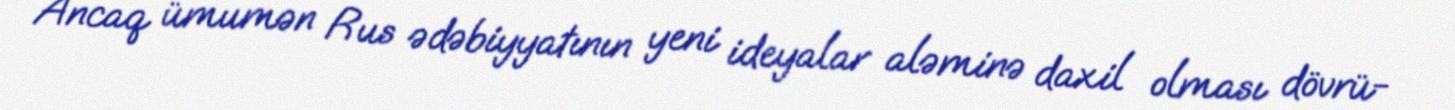
Ancaq ümumən Rus ədəbiyyatının yeni ideyalar aləminə daxil olması dövrü-